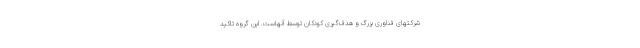
شرکتهای فناوری بزرگ و هدف‌گیری کودکان توسط آنهاست. این گروه تاکید